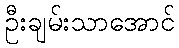
ဦးချမ်းသာအောင်